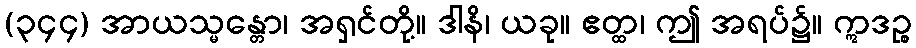
(၃၄၄) အာယသ္မန္တော၊ အရှင်တို့။ ဒါနိ၊ ယခု။ ဧတ္ထ၊ ဤ အရပ်၌။ ဣဒဉ္စ